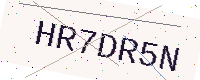
Text: HR7DR5N